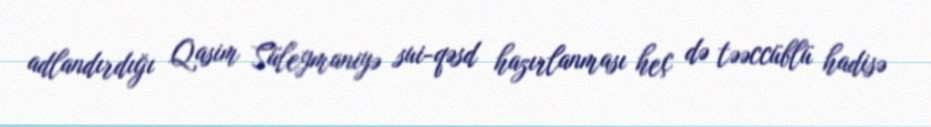
adlandırdığı Qasim Süleymaniyə sui-qəsd hazırlanması heç də təəccüblü hadisə